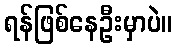
ရန်ဖြစ်နေဦးမှာပဲ။